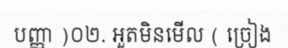
បញ្ញា )០២. អួតមិនមើល ( ច្រៀង